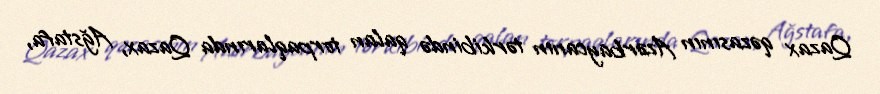
Qazax qəzasının Azərbaycanın tərkibində qalan torpaqlarında Qazax, Ağstafa,